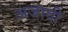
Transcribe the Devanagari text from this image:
अजादी